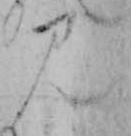
み